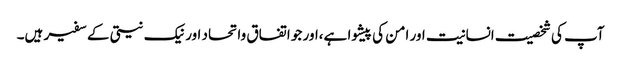
آپ کی شخصیت انسانیت اور امن کی پیشوا ہے،اور جو اتفاق واتحاد اور نیک نیتی کے سفیر ہیں۔